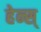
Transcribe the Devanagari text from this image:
हेन्स्